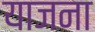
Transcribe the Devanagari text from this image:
याजना